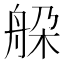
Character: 䑮